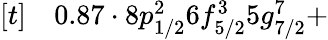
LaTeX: \begin{array}{rl}{[t]}&{{}0.87\cdot 8p_{1/2}^{2}6f_{5/2}^{3}5g_{7/2}^{7}+}\end{array}